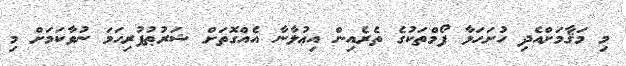
މި މަޤާމަށްއެދި ހުށަހަޅާ ފޯމްތަކުގެ ތެރެއިން އިޢުލާނާ އެއްގޮތަށް ޝަރުޠުފުރިހަމަ ނުވާކަމަށް މި